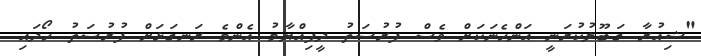
"ޝިއުރާ ގަބޫލުކުރަނީ އަންހެނަކަށް ވެސް ފުރުސަތު ދީފިއްޔާމު އެންމެ ރަނގަޅަށް ފުރުސަތު ހޯދައި